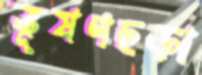
ভূষণছড়া